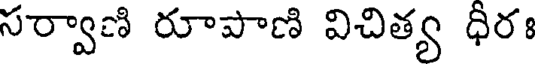
సర్వాణి రూపాణి విచిత్య ధీరః